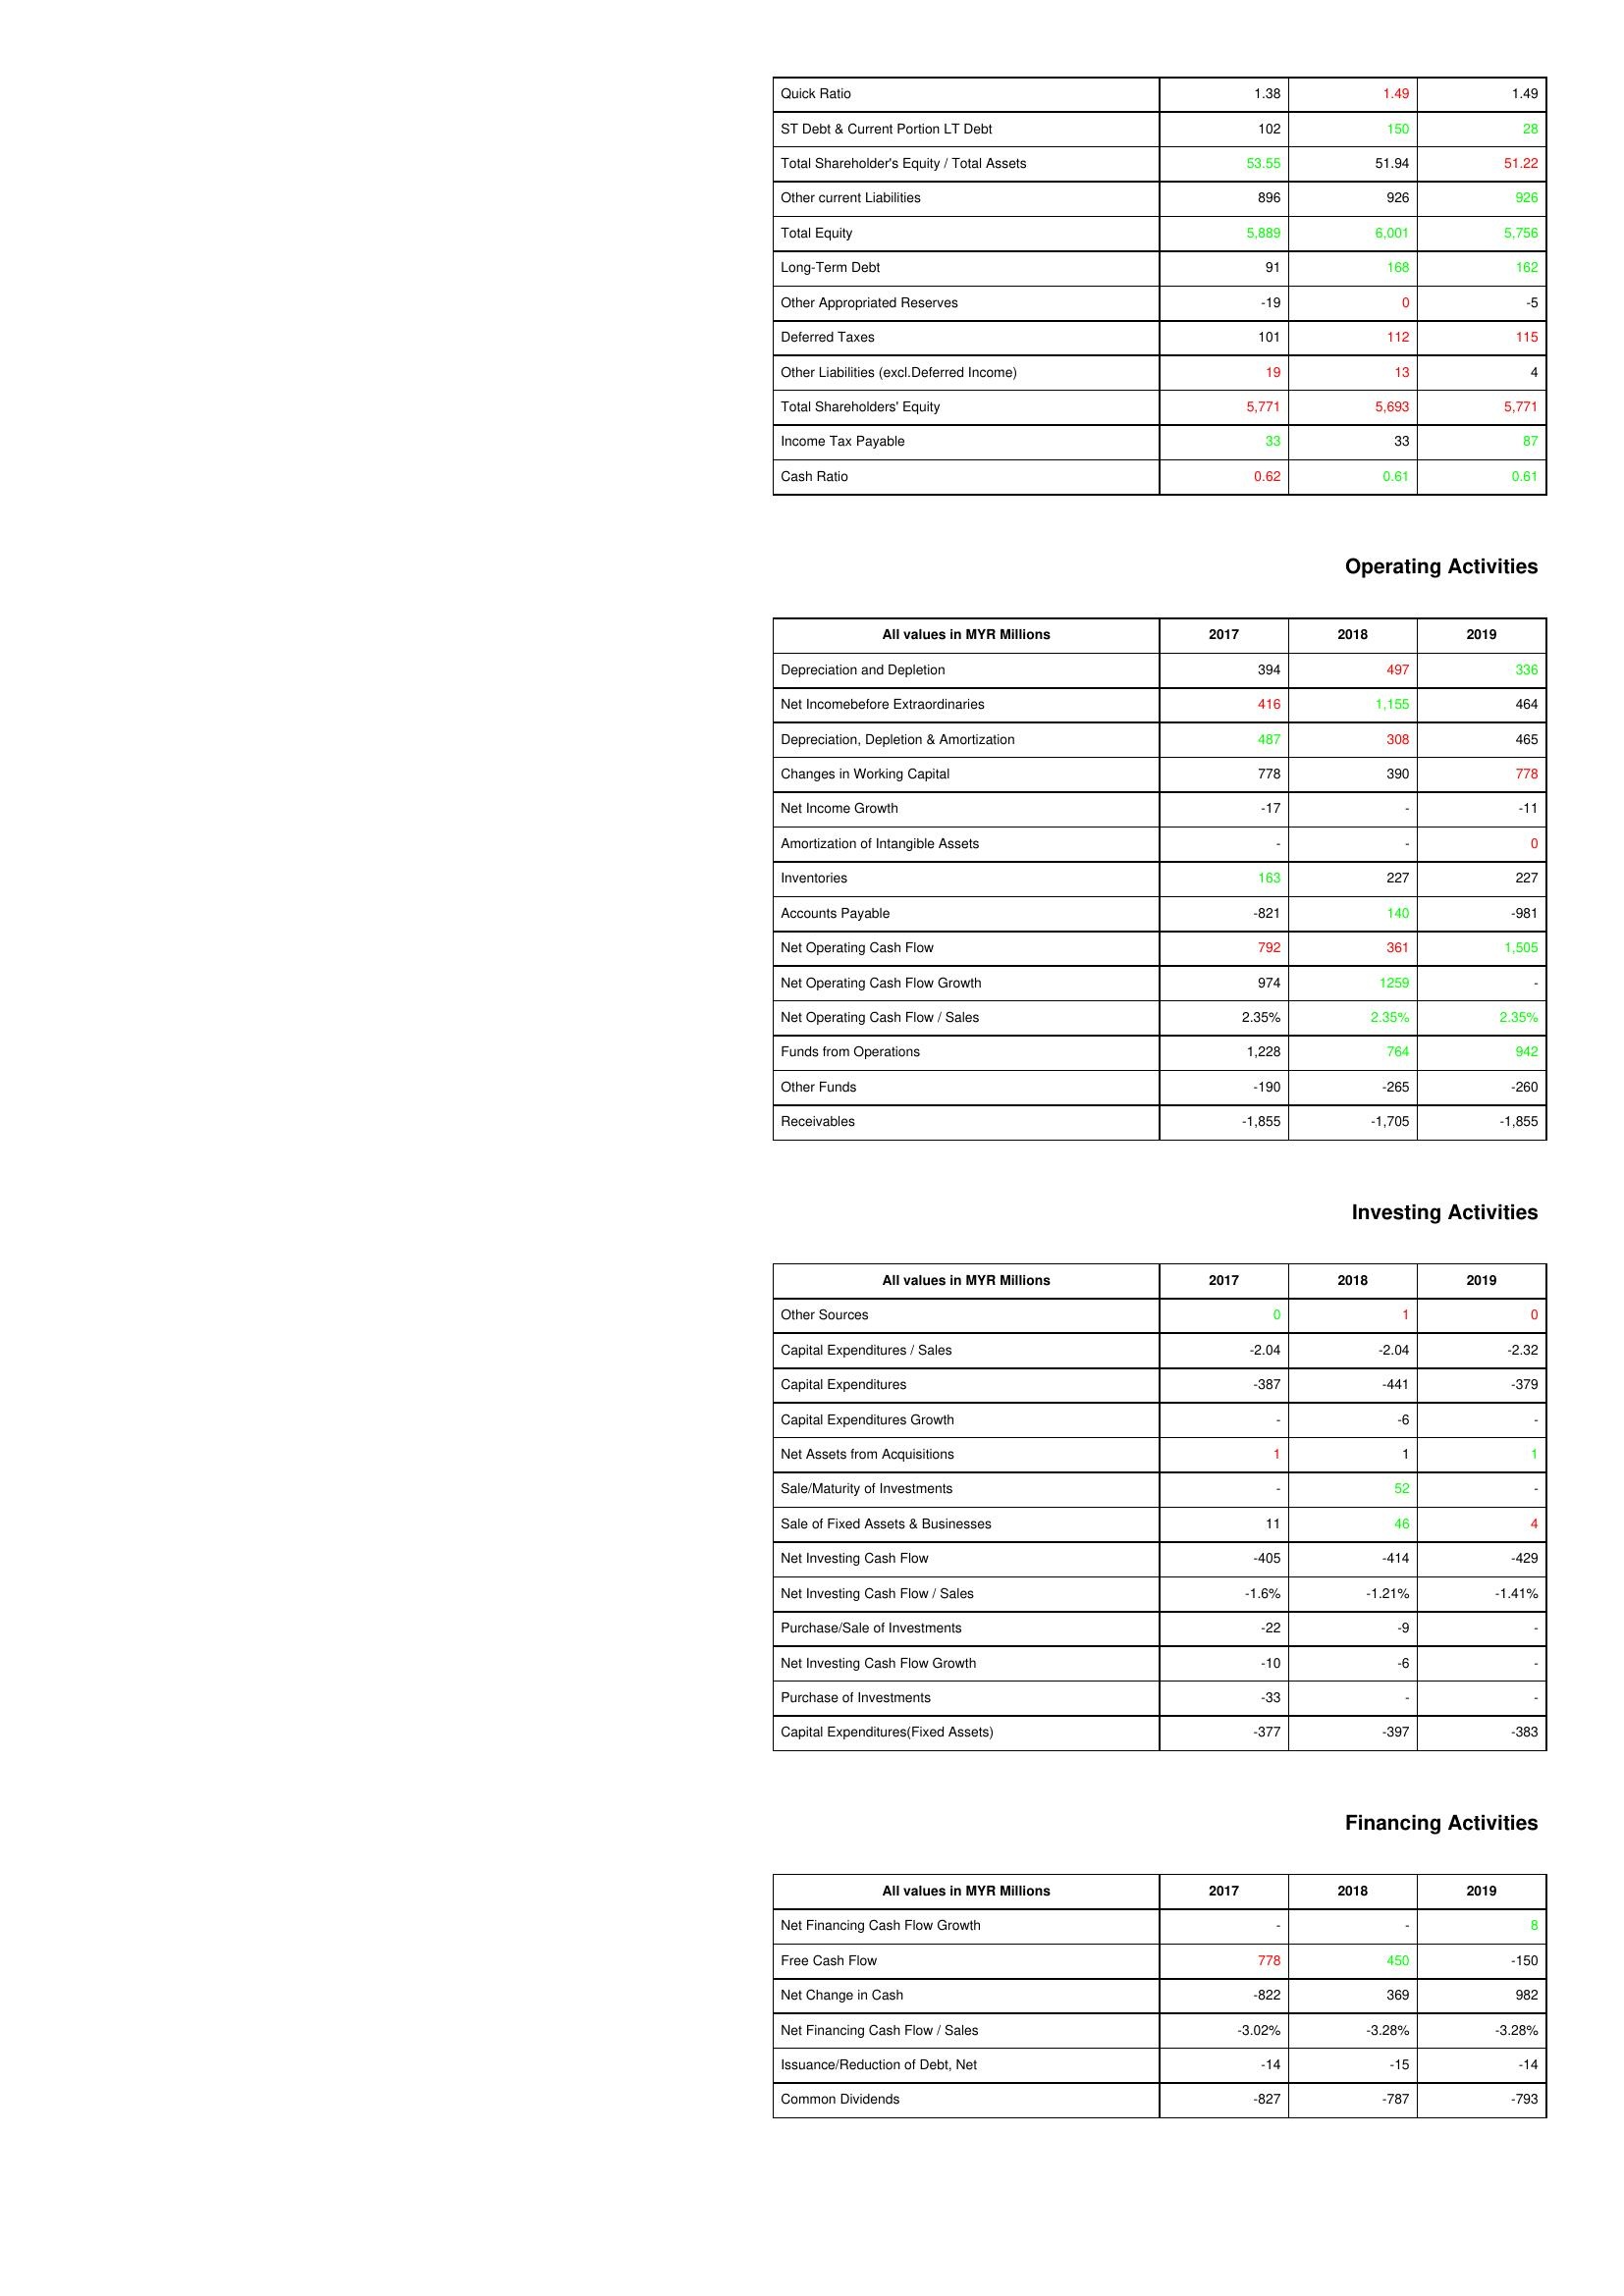
gt_parse: 2017: Liabilities & Shareholder's Equity: Quick Ratio: 1.38
ST Debt & Current Portion LT Debt: 102
Total Shareholder's Equity / Total Assets: 53.55
Other current Liabilities: 896
Total Equity: 5,889
Long-Term Debt: 91
Other Appropriated Reserves: -19
Deferred Taxes: 101
Other Liabilities (excl.Deferred Income): 19
Total Shareholders' Equity: 5,771
Income Tax Payable: 33
Cash Ratio: 0.62
Operating Activities: Depreciation and Depletion: 394
Net Incomebefore Extraordinaries: 416
Depreciation, Depletion & Amortization: 487
Changes in Working Capital: 778
Net Income Growth: -17
Amortization of Intangible Assets: -
Inventories: 163
Accounts Payable: -821
Net Operating Cash Flow: 792
Net Operating Cash Flow Growth: 974
Net Operating Cash Flow / Sales: 2.35%
Funds from Operations: 1,228
Other Funds: -190
Receivables: -1,855
Investing Activities: Other Sources: 0
Capital Expenditures / Sales: -2.04
Capital Expenditures: -387
Capital Expenditures Growth: -
Net Assets from Acquisitions: 1
Sale/Maturity of Investments: -
Sale of Fixed Assets & Businesses: 11
Net Investing Cash Flow: -405
Net Investing Cash Flow / Sales: -1.6%
Purchase/Sale of Investments: -22
Net Investing Cash Flow Growth: -10
Purchase of Investments: -33
Capital Expenditures(Fixed Assets): -377
Financing Activities: Net Financing Cash Flow Growth: -
Free Cash Flow: 778
Net Change in Cash: -822
Net Financing Cash Flow / Sales: -3.02%
Issuance/Reduction of Debt, Net: -14
Common Dividends: -827
2018: Liabilities & Shareholder's Equity: Quick Ratio: 1.49
ST Debt & Current Portion LT Debt: 150
Total Shareholder's Equity / Total Assets: 51.94
Other current Liabilities: 926
Total Equity: 6,001
Long-Term Debt: 168
Other Appropriated Reserves: 0
Deferred Taxes: 112
Other Liabilities (excl.Deferred Income): 13
Total Shareholders' Equity: 5,693
Income Tax Payable: 33
Cash Ratio: 0.61
Operating Activities: Depreciation and Depletion: 497
Net Incomebefore Extraordinaries: 1,155
Depreciation, Depletion & Amortization: 308
Changes in Working Capital: 390
Net Income Growth: -
Amortization of Intangible Assets: -
Inventories: 227
Accounts Payable: 140
Net Operating Cash Flow: 361
Net Operating Cash Flow Growth: 1259
Net Operating Cash Flow / Sales: 2.35%
Funds from Operations: 764
Other Funds: -265
Receivables: -1,705
Investing Activities: Other Sources: 1
Capital Expenditures / Sales: -2.04
Capital Expenditures: -441
Capital Expenditures Growth: -6
Net Assets from Acquisitions: 1
Sale/Maturity of Investments: 52
Sale of Fixed Assets & Businesses: 46
Net Investing Cash Flow: -414
Net Investing Cash Flow / Sales: -1.21%
Purchase/Sale of Investments: -9
Net Investing Cash Flow Growth: -6
Purchase of Investments: -
Capital Expenditures(Fixed Assets): -397
Financing Activities: Net Financing Cash Flow Growth: -
Free Cash Flow: 450
Net Change in Cash: 369
Net Financing Cash Flow / Sales: -3.28%
Issuance/Reduction of Debt, Net: -15
Common Dividends: -787
2019: Liabilities & Shareholder's Equity: Quick Ratio: 1.49
ST Debt & Current Portion LT Debt: 28
Total Shareholder's Equity / Total Assets: 51.22
Other current Liabilities: 926
Total Equity: 5,756
Long-Term Debt: 162
Other Appropriated Reserves: -5
Deferred Taxes: 115
Other Liabilities (excl.Deferred Income): 4
Total Shareholders' Equity: 5,771
Income Tax Payable: 87
Cash Ratio: 0.61
Operating Activities: Depreciation and Depletion: 336
Net Incomebefore Extraordinaries: 464
Depreciation, Depletion & Amortization: 465
Changes in Working Capital: 778
Net Income Growth: -11
Amortization of Intangible Assets: 0
Inventories: 227
Accounts Payable: -981
Net Operating Cash Flow: 1,505
Net Operating Cash Flow Growth: -
Net Operating Cash Flow / Sales: 2.35%
Funds from Operations: 942
Other Funds: -260
Receivables: -1,855
Investing Activities: Other Sources: 0
Capital Expenditures / Sales: -2.32
Capital Expenditures: -379
Capital Expenditures Growth: -
Net Assets from Acquisitions: 1
Sale/Maturity of Investments: -
Sale of Fixed Assets & Businesses: 4
Net Investing Cash Flow: -429
Net Investing Cash Flow / Sales: -1.41%
Purchase/Sale of Investments: -
Net Investing Cash Flow Growth: -
Purchase of Investments: -
Capital Expenditures(Fixed Assets): -383
Financing Activities: Net Financing Cash Flow Growth: 8
Free Cash Flow: -150
Net Change in Cash: 982
Net Financing Cash Flow / Sales: -3.28%
Issuance/Reduction of Debt, Net: -14
Common Dividends: -793